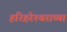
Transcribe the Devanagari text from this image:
हरिहरेश्‍वराच्या